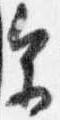
参